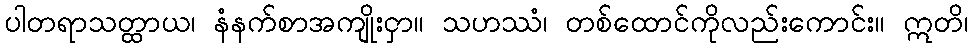
ပါတရာသတ္ထာယ၊ နံနက်စာအကျိုးငှာ။ သဟဿံ၊ တစ်ထောင်ကိုလည်းကောင်း။ ဣတိ၊